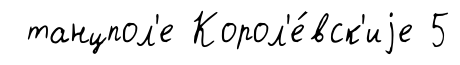
танцпол'е Корол'е́вск'иjе 5